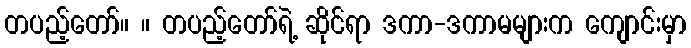
တပည့်တော်။ ။ တပည့်တော်ရဲ့ ဆိုင်ရာ ဒကာ-ဒကာမများက ကျောင်းမှာ